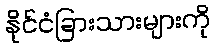
နိုင်ငံခြားသားများကို